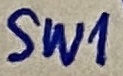
Text: SW1